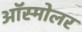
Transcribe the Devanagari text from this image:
ऑस्मोलर